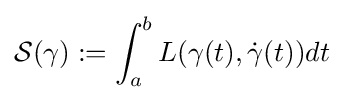
{\mathcal {S}}(\gamma ):=\int _{a}^{b}L(\gamma (t),{\dot {\gamma }}(t))dt